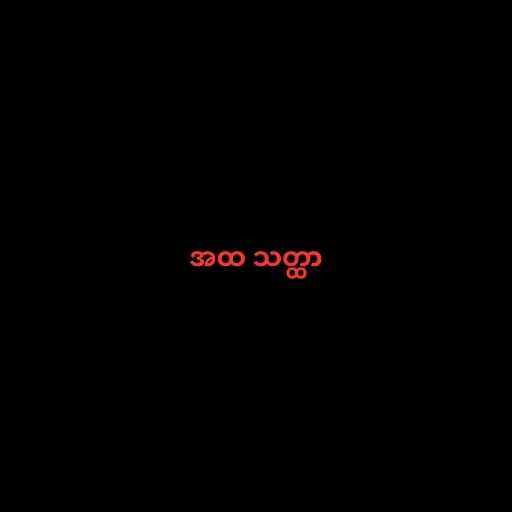
အထ သတ္ထာ